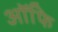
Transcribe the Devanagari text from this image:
ऑफि